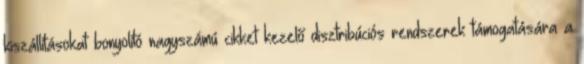
kiszállításokat bonyolító nagyszámú cikket kezelő disztribúciós rendszerek támogatására a